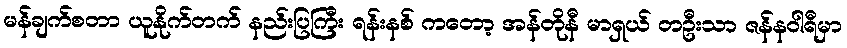
မန်ချက်စတာ ယူနိုက်တက် နည်းပြကြီး ရန်းနစ် ကတော့ အန်တိုနီ မာရှယ် တဦးသာ ဇန်နဝါရီမှာ